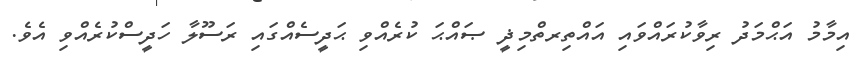
އިމާމު އަޙްމަދު ރިވާކުރައްވައި އައްތިރތްމިޛީ ޞައްޙަ ކުރެއްވި ޙަދީސެއްގައި ރަސޫލާ ހަދީސްކުރެއްވި އެވެ.